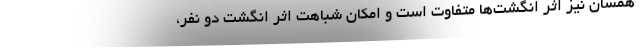
همسان نیز اثر انگشت‌ها متفاوت است و امکان شباهت اثر انگشت دو نفر،